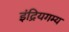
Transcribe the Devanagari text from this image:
इंद्रियगम्य